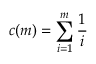
c ( m ) = \sum _ { i = 1 } ^ { m } { \frac { 1 } { i } }